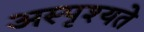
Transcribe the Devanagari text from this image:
अस्पृश्यते